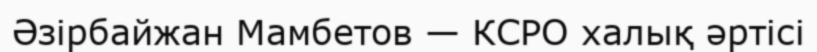
Әзірбайжан Мамбетов — КСРО халық әртісі